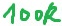
Text: 100k